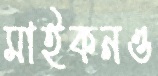
মাইকনও